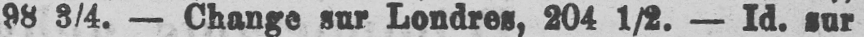
98 3/4. - Change sur Londres, 204 1/2. - Id. sur